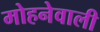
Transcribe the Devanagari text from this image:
मोहनेवाली